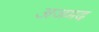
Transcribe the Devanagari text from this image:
अजमद